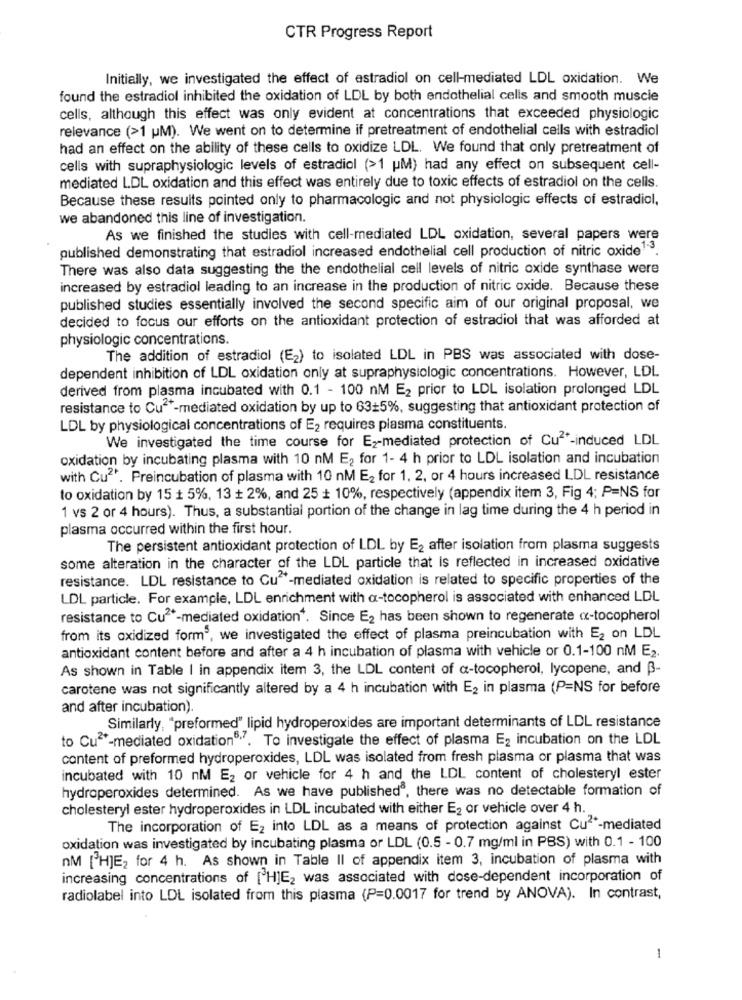
CTR Progress Report
Initially, we investigated the effect of estradiol on cell-mediated LDL oxidation. We
found the estradiol inhibited the oxidation of LDL by both endothelial cells and smooth muscle
cells, although this effect was only evident at concentrations that exceeded physiologic
relevance (>1 M). We went on to determine if pretreatment of endothelial cells with estradiol
had an effect on the ability of these cells to oxidize LDL. We found that only pretreatment of
cells with supraphysiologic levels of estradiol (>1 M) had any effect on subsequent cell-
mediated LDL oxidation and this effect was entirely due to toxic effects of estradiol on the cells.
Because these results pointed only to pharmacologic and not physiologic effects of estradiol,
we abandoned this line of investigation.
As we finished the studies with cell-mediated LDL oxidation, several papers were
published demonstrating that estradiol increased endothelial cell production of nitric oxide1-3.
There was also data suggesting the the endothelial cell levels of nitric oxide synthase were
increased by estradiol leading to an increase in the production of nitric oxide. Because these
published studies essentially involved the second specific aim of our original proposal, we
decided to focus our efforts on the antioxidant protection of estradiol that was afforded at
physiologic concentrations.
The addition of estradiol (E2) to isolated LDL in PBS was associated with dose-
dependent inhibition of LDL oxidation only at supraphysiologic concentrations. However, LDL
derived from plasma incubated with 0.1 - 100 nM E2 prior to LDL isolation prolonged LDL
resistance to Cu"-mediated oxidation by up to 63+5%, suggesting that antioxidant protection of
LDL by physiological concentrations of E2 requires plasma constituents.
We investigated the time course for E2-mediated protection of Cu2-induced LDL
oxidation by incubating plasma with 10 nM E2 for 1- 4 h prior to LDL isolation and incubation
with Cu2. Preincubation of plasma with 10 nM E2 for 1, 2, or 4 hours increased LDL resistance
to oxidation by 15 + 5%, 13 + 2%, and 25 + 10%, respectively (appendix item 3, Fig 4; P=NS for
1 vs 2 or 4 hours). Thus, a substantial portion of the change in lag time during the 4 h period in
plasma occurred within the first hour.
The persistent antioxidant protection of LDL by E2 after isolation from plasma suggests
some alteration in the character of the LDL particle that is reflected in increased oxidative
resistance. LDL resistance to Cu-mediated oxidation is related to specific properties of the
LDL particle. For example, LDL enrichment with a-tocopherol is associated with enhanced LDL
resistance to Cu"-mediated oxidation". Since E2 has been shown to regenerate «-tocopherol
from its oxidized form", we investigated the effect of plasma preincubation with E2 on LDL
antioxidant content before and after a 4 h incubation of plasma with vehicle or 0.1-100 nM E2.
As shown in Table I in appendix item 3, the LDL content of a-tocopherol, lycopene, and B-
carotene was not significantly altered by a 4 h incubation with E2 in plasma (P=NS for before
and after incubation).
Similarly, "preformed" lipid hydroperoxides are important determinants of LDL resistance
to Cu-mediated oxidation"". To investigate the effect of plasma E2 incubation on the LDL
content of preformed hydroperoxides, LDL was isolated from fresh plasma or plasma that was
incubated with 10 nM E2 or vehicle for 4 h and the LDL content of cholesteryl ester
hydroperoxides determined. As we have published®, there was no detectable formation of
cholesteryl ester hydroperoxides in LDL incubated with either E2 or vehicle over 4 h.
The incorporation of E2 into LDL as a means of protection against Cu"-mediated
oxidation was investigated by incubating plasma or LDL (0.5 - 0.7 mg/ml in PBS) with 0.1 - 100
nM [H]E2 for 4 h. As shown in Table Il of appendix item 3, incubation of plasma with
increasing concentrations of [ H]E2 was associated with dose-dependent incorporation of
radiolabel into LDL isolated from this plasma (P=0.0017 for trend by ANOVA). In contrast,
1